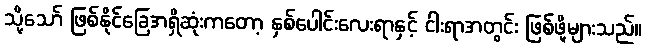
သို့သော် ဖြစ်နိုင်ခြေအရှိဆုံးကတော့ နှစ်ပေါင်းလေးရာနှင့် ငါးရာအတွင်း ဖြစ်ဖို့များသည်။